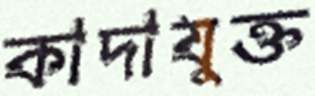
কাদাযুক্ত